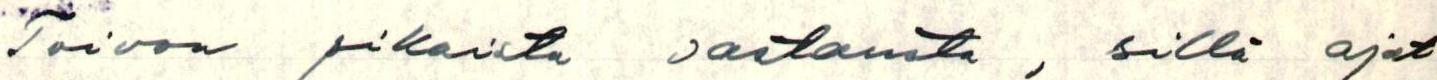
Toivon pikaista vastausta, sillä ajat